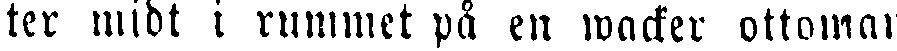
ter midt i rummet på en wacker ottoman